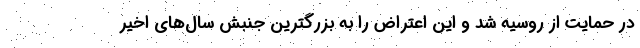
در حمایت از روسیه شد و این اعتراض را به بزرگترین جنبش سال‌های اخیر